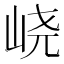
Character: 峣